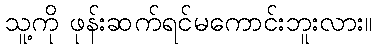
သူ့ကို ဖုန်းဆက်ရင်မကောင်းဘူးလား။